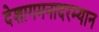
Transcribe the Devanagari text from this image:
देशागमनादरम्यान